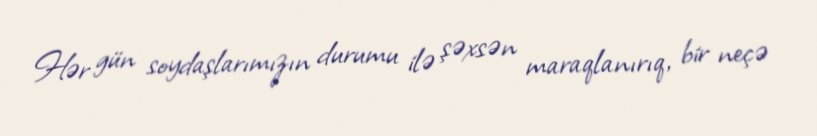
Hər gün soydaşlarımızın durumu ilə şəxsən maraqlanırıq, bir neçə